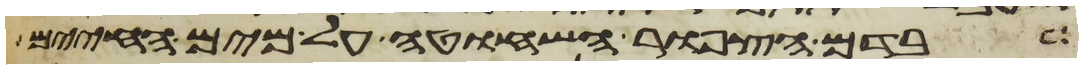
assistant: בדם הצפור השחוטה על מים החיים